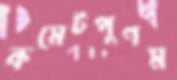
কমেটপুণম